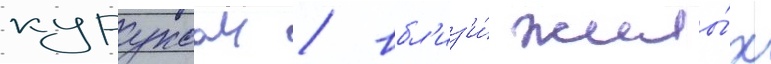
куруксаи / вбл'из'и́ жилы́х